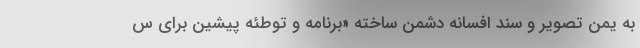
به یمن تصویر و سند افسانه دشمن ساخته «برنامه و توطئه پیشین برای س